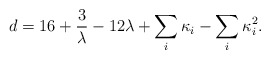
\begin{align*}d=16+{3\over \lambda} - 12\lambda +\sum_i\kappa_i -\sum_i\kappa_i^2.\end{align*}